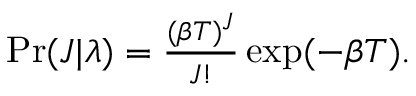
\begin{array} { r } { \mathrm { P r } ( J | \boldsymbol { \lambda } ) = \frac { ( \beta T ) ^ { J } } { J ! } \exp ( - \beta T ) . } \end{array}